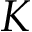
K